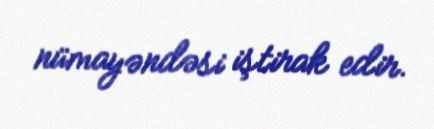
nümayəndəsi iştirak edir.